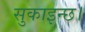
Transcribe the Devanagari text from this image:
सुकाइन्छ।